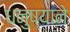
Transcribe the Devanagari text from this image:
धनुष्याने